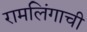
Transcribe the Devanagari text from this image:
रामलिंगाची